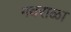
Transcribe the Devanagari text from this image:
गवराळा